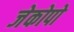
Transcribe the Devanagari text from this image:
जेकोपो